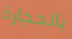
بالحجارة